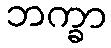
ဘက္ခာ